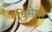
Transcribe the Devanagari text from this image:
विसेशर